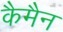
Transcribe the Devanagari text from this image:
कैमैन